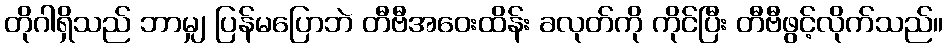
တိုဂါရှိသည် ဘာမျှ ပြန်မပြောဘဲ တီဗီအဝေးထိန်း ခလုတ်ကို ကိုင်ပြီး တီဗီဖွင့်လိုက်သည်။